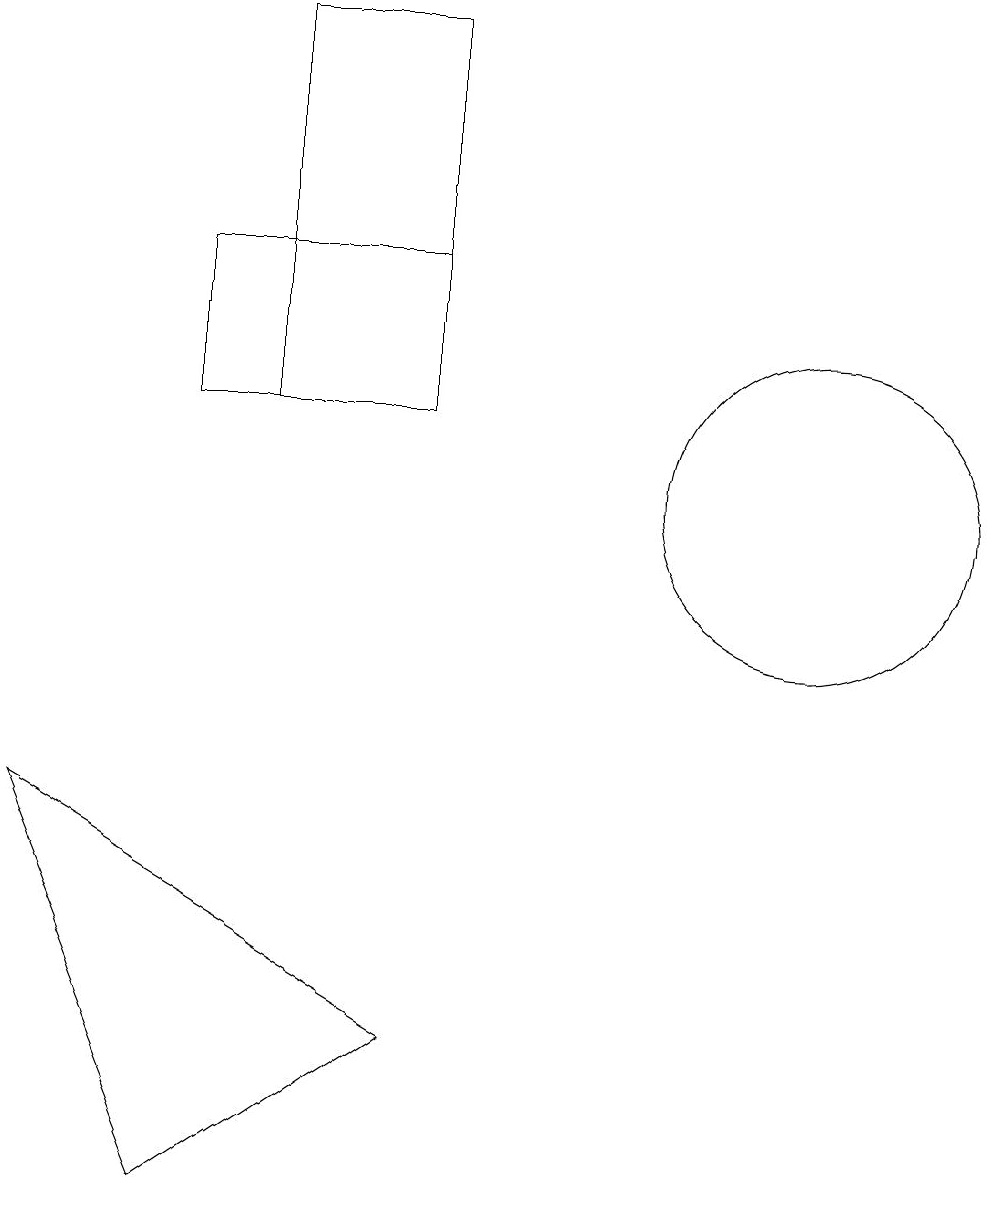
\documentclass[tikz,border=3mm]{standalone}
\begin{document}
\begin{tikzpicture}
\draw (5,13) rectangle (7,18);
\draw (7,5) -- (2,8) -- (4,3) -- cycle;
\draw (7,13) rectangle (4,15);
\draw (12,12) circle (2);
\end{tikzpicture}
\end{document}